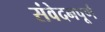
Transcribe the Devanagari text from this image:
संवेदनपूर्ण